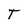
Character: T